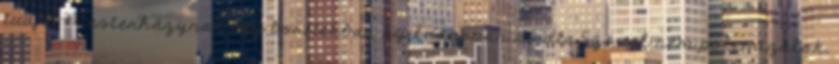
tudja, Mesterházynak egy borítékban nyilvánosan átadta Szóval nem polemizálok,